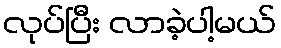
လုပ်ပြီး လာခဲ့ပါ့မယ်